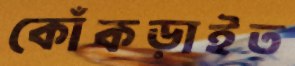
কোঁকড়াইত